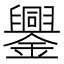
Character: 𨮆